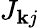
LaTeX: J_{\mathbf{k}j}